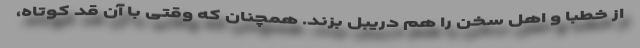
از خطبا و اهل سخن را هم دریبل بزند. همچنان که وقتی با آن قد کوتاه،